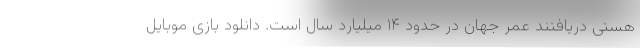
هستی دریافتند عمر جهان در حدود ۱۴ میلیارد سال است. دانلود بازی موبایل